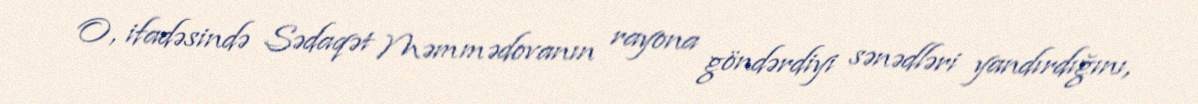
O, ifadəsində Sədaqət Məmmədovanın rayona göndərdiyi sənədləri yandırdığını,